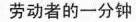
劳动者的一分钟